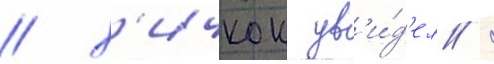
/ х'ичкок ув'и́д'ел /